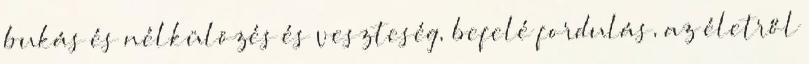
bukás és nélkülözés és veszteség, befelé fordulás, az életről